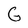
Character: G